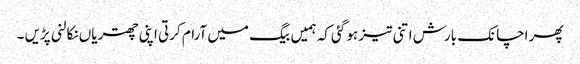
پھر اچانک بارش اتنی تیز ہو گئی کہ ہمیں بیگ میں آرام کرتی اپنی چھتریاں نکالنی پڑیں ۔